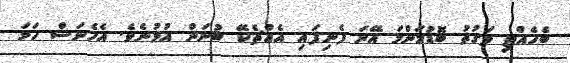
ބެހެއްޓި ވަގުތު ބޮޑުމަންމަ އޭނަ ފެނިފައި އެއްޗެކޭ ބުނަން އުޅުނެވެ. އެހެނަސް ހަމަ